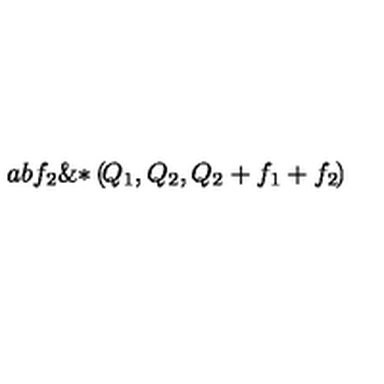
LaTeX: { a } { b } { { f } _ { 2 } } \mathrm { \& * } \left( \! { { Q } _ { 1 } } , { { Q } _ { 2 } } , { { Q } _ { 2 } } + { { f } _ { 1 } } + { { f } _ { 2 } } \! \right)